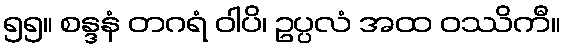
၅၅။ စန္ဒနံ တဂရံ ဝါပိ၊ ဥပ္ပလံ အထ ဝဿိကီ။